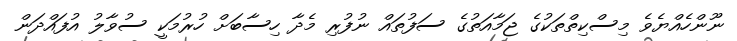
ނޫންހެއްޔެވެ މިސްކިތްތަކުގެ ޖަމާއަތުގެ ސަފުތައް ނުފުރި މެދާ ހިސާބަށް ހުރުމަކީ ސުވާލު އުފައްދަން